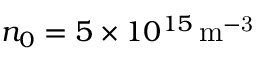
n _ { 0 } = 5 \times 1 0 ^ { 1 5 } \, \mathrm { m ^ { - 3 } }